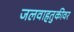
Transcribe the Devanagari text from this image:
जलवाहतुकीवर